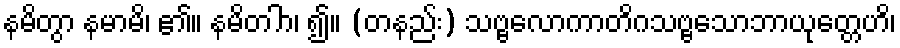
နမိတွာ နမာမိ၊ ၏။ နမိတါာ၊ ၍။ (တနည်း) သဗ္ဗလောကာတိဂသဗ္ဗသောဘာယုတ္တေဟိ၊